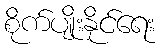
စိုက်ပျိုးနိုင်ရေး